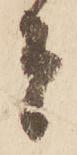
者